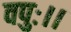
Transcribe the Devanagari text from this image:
वपुः।।